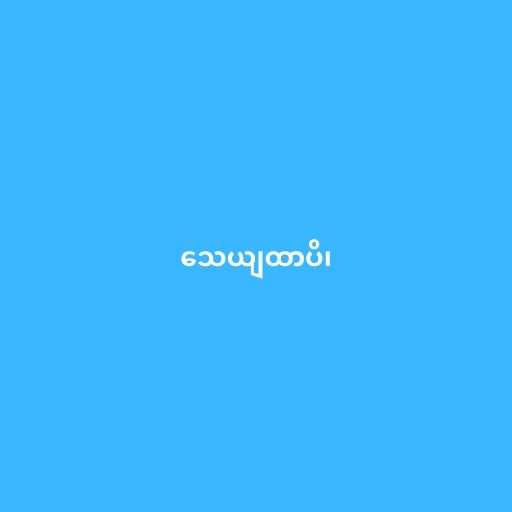
သေယျထာပိ၊